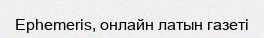
Ephemeris, онлайн латын газеті